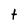
Character: t